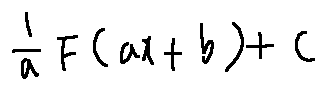
\frac { 1 } { a } F ( a x + b ) + C